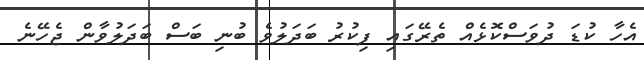
އެހާ ކުޑަ ދުވަސްކޮޅެއް ތެރޭގައި ފިކުރު ބަދަލުވެ ބުނި ބަސް ބަދަލުވާން ޖެހޭނެ